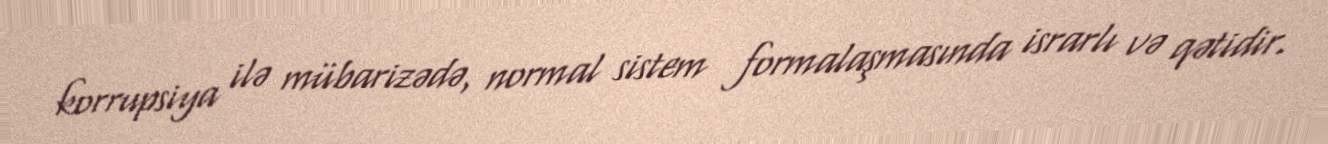
korrupsiya ilə mübarizədə, normal sistem formalaşmasında israrlı və qətidir.